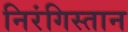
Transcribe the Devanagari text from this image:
निरंगिस्तान